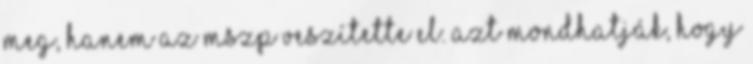
meg, hanem az MSZP veszítette el. Azt mondhatják, hogy